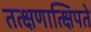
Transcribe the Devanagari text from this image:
तत्क्षणात्क्षिपते